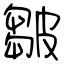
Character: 皺